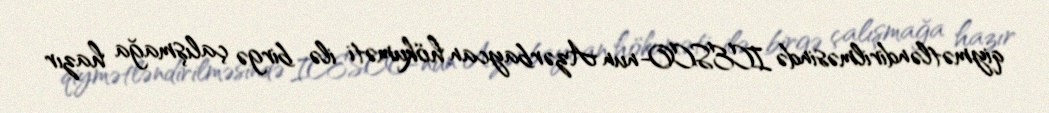
qiymətləndirilməsində ICESCO-nun Azərbaycan hökuməti ilə birgə çalışmağa hazır